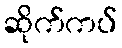
ဆိုက်ကပ်